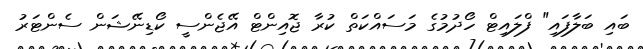
ބައި ބަލާފައި" ފްލައިޓް ހޯދުމުގެ މަސައްކަތް ކުރާ ޖޮއިންޓް އޭޖެންސީ ކޯޑިނޭޝަން ސެންޓަރު